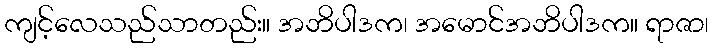
ကျင့်လေသည်သာတည်း။ အဘိပါဒက၊ အမောင်အဘိပါဒက။ ရာဇာ၊